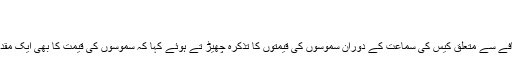
سپریم کورٹ میں ایک بار پھر سموسوں کی گونج
09 May 2019 (18:23) 2019-05-09
اسلام آباد: چیف جسٹس پاکستان نے اسکولوں کی فیسوں میں اضافے سے متعلق کیس کی سماعت کے دوران سموسوں کی قیمتوں کا تذکرہ چھیڑ تے ہوئے کہا کہ سموسوں کی قیمت کا بھی ایک مقدمہ آیاتھا،کیا سموسے کی قیمت بھی عدالت نے طے کرنی ہے؟